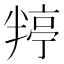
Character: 𭁙